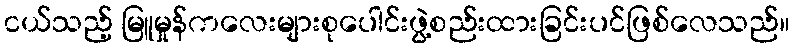
ငယ်သည့် မြူမှုန်ကလေးများစုပေါင်းဖွဲ့စည်းထားခြင်းပင်ဖြစ်လေသည်။